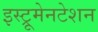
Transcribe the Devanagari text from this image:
इस्ट्रूमेनटेशन